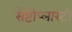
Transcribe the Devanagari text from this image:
सेप्टोप्लास्टी